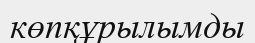
көпқұрылымды